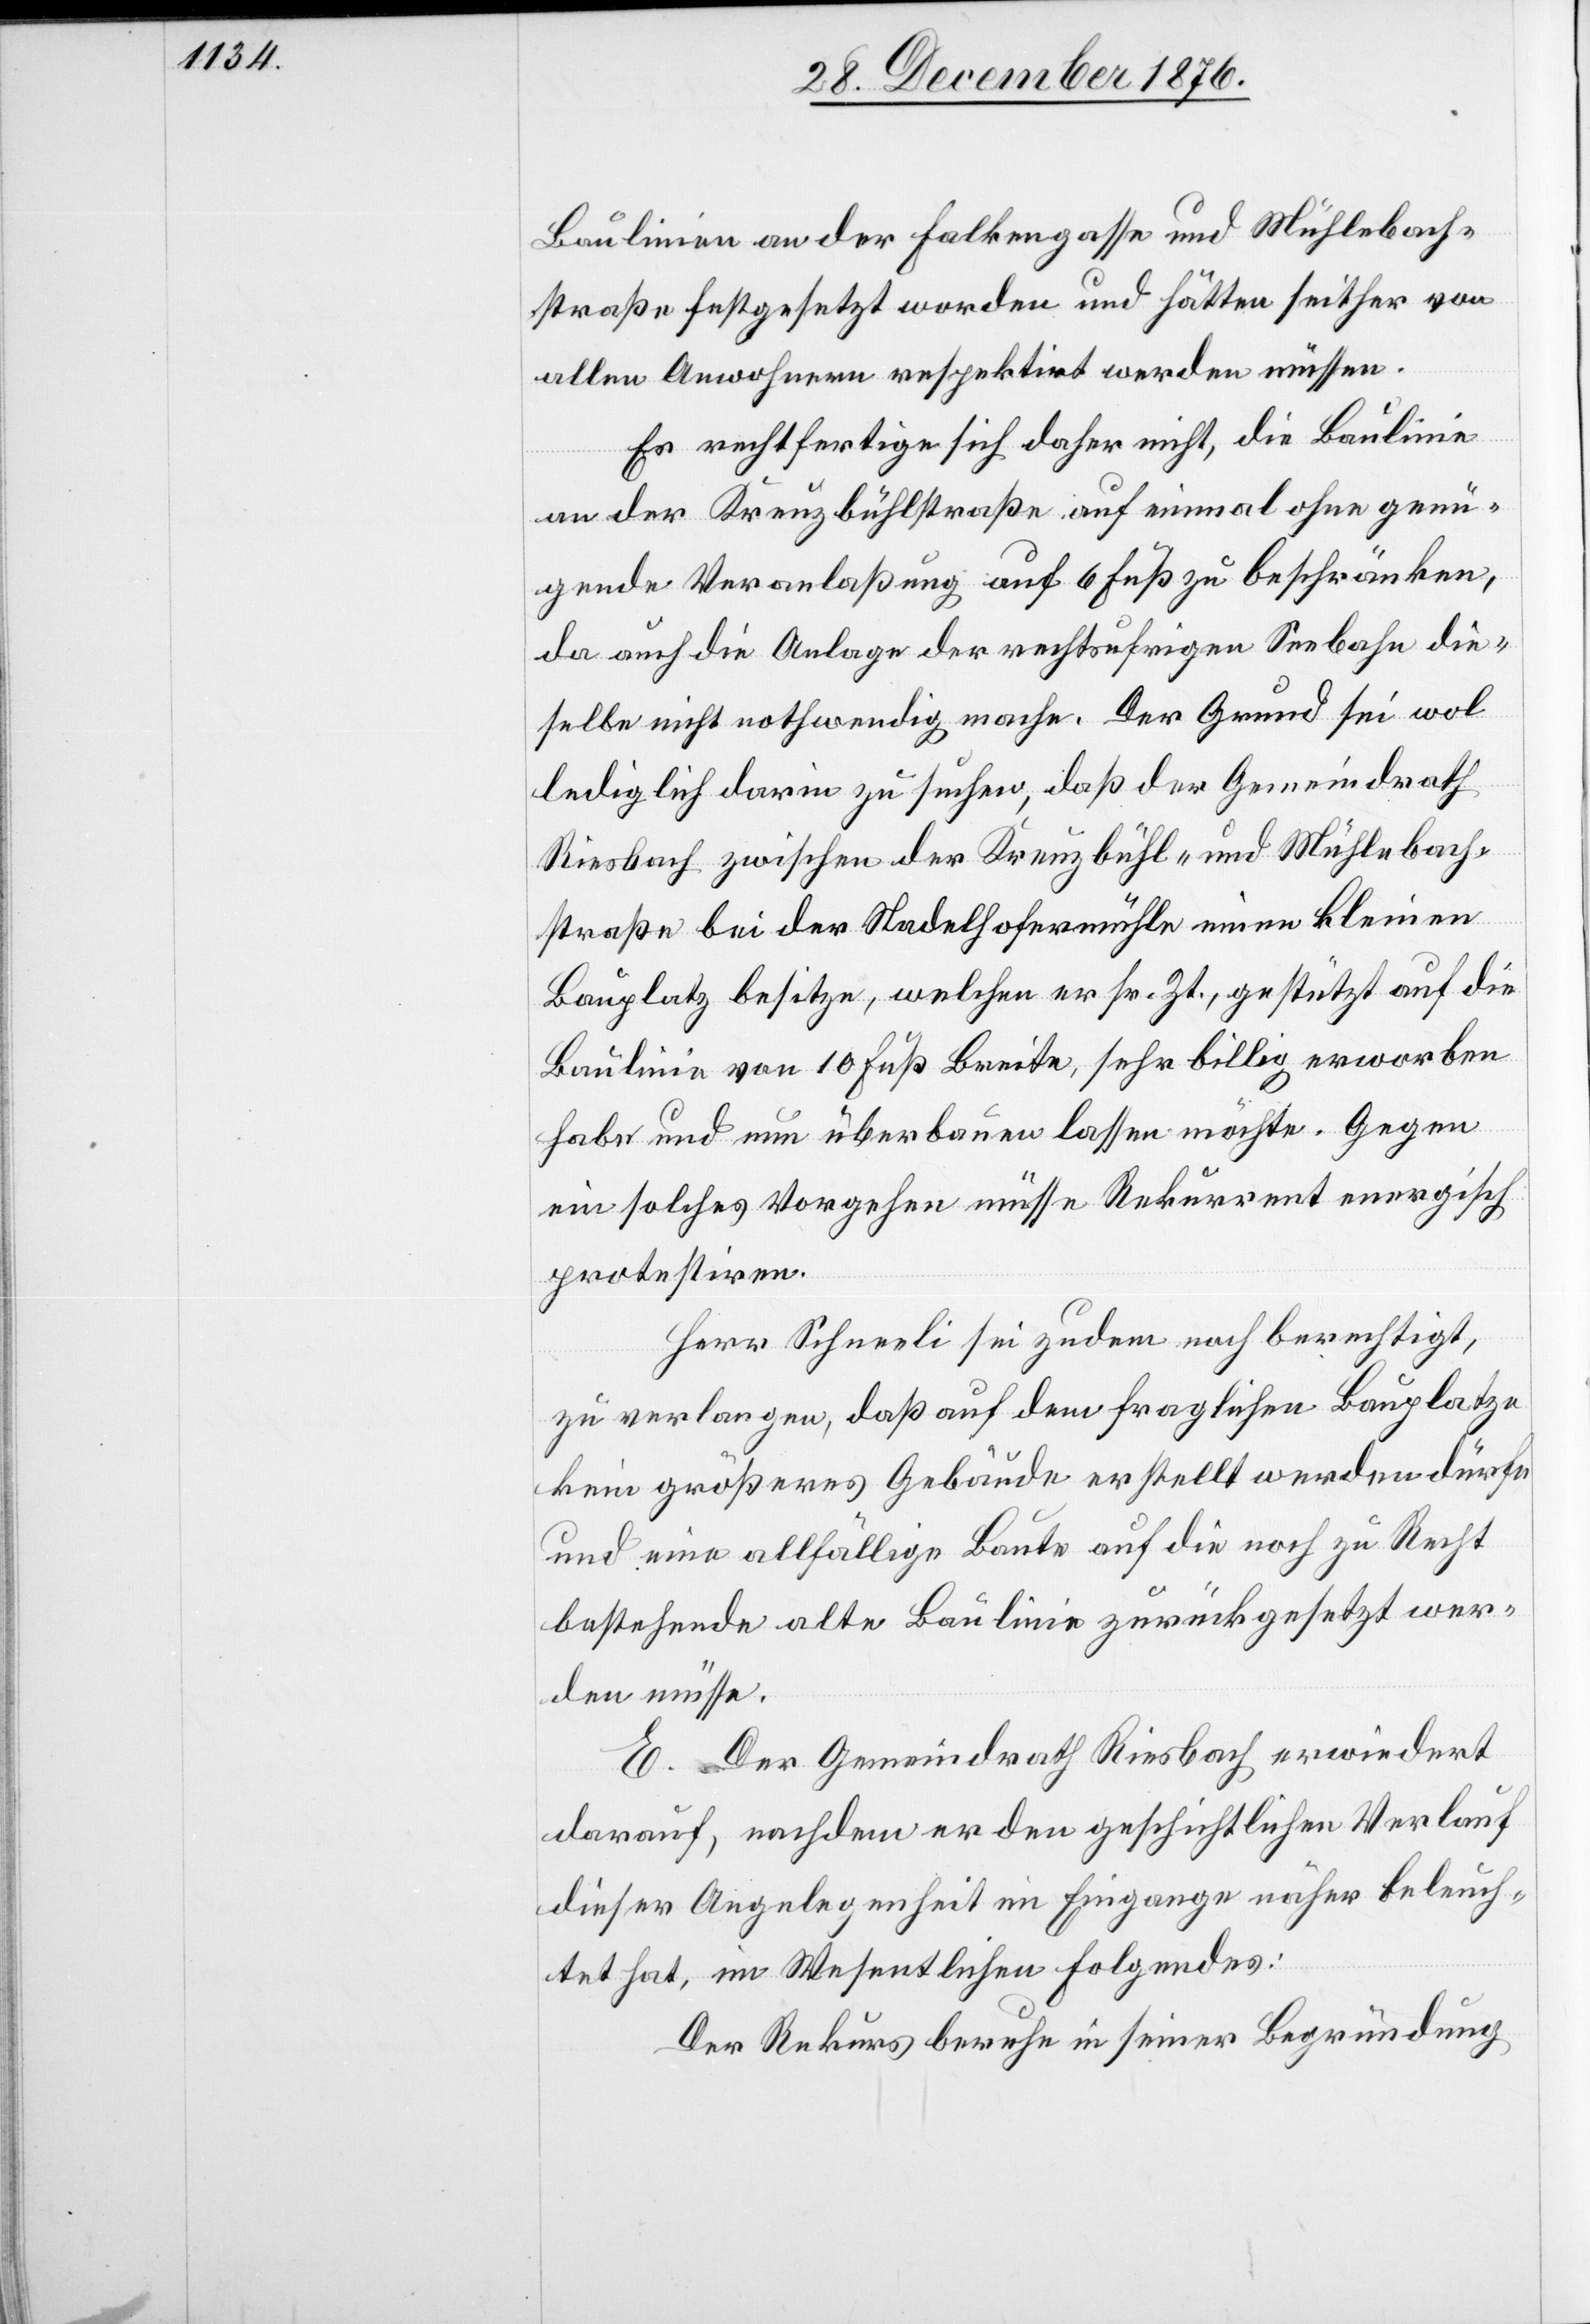
Baulinien an der Falkengasse und Mühlebach¬
straße festgesetzt worden und hätten seither von
allen Anwohnern respektirt werden müssen.
Es rechtfertige sich daher nicht, die Baulinie
an der Kreuzbühlstraße auf einmal ohne genü¬
gende Veranlaßung auf 6 Fuß zu beschränken,
da auch die Anlage der rechtsufrigen Seebahn die¬
selbe nicht nothwendig mache. Der Grund sei wol
lediglich darin zu suchen, daß der Gemeindrath
Riesbach zwischen der Kreuzbühl- und Mühlebach¬
straße bei der Stadelhofermühle einen kleinen
Bauplatz besitze, welchen er sr. Zt., gestützt auf die
Baulinie von 10 Fuß Breite, sehr billig erworben
habe und nun überbauen lassen möchte. Gegen
ein solches Vorgehen müsse Rekurrent energisch
protestiren.
Herr Schneeli sei zudem noch berechtigt,
zu verlangen, daß auf dem fraglichen Bauplatze
kein größeres Gebäude erstellt werden dürfe
und eine allfällige Baute auf die noch zu Recht
bestehende alte Baulinie zurückgesetzt wer¬
den müsse.
E. Der Gemeindrath Riesbach erwiedert
darauf, nachdem er den geschichtlichen Verlauf
dieser Angelegenheit im Eingange näher beleuch¬
tet hat, im Wesentlichen Folgendes:
Der Rekurs beruhe in seiner Begründung